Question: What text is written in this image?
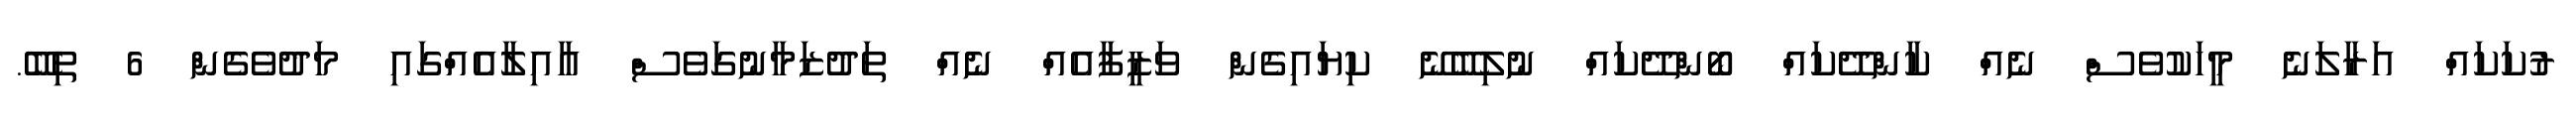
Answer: ރުކަކައް އަރާލަނެ މީހަކުވެސް ނެއް ކާންދޭކައް ބޯންދޭކައް ނުލިބޭނޭ ކިޔައިގެން ވަޒީފާއެއް ނެއް ތަދުޒަމާނުގަވެސް އާއިލާއެއްގައި މަދުވެގެން 6 ތިބޭ.